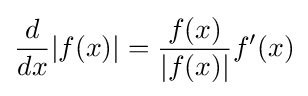
{d \over dx}|f(x)|={f(x) \over |f(x)|}f'(x)